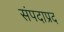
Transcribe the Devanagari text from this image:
संपदाप्रद